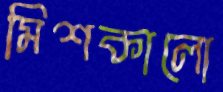
মিশকালো